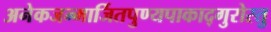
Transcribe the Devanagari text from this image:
अनेकजन्मार्जितपुण्यपाकाद्गुरोस्तु